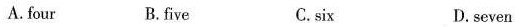
A. four B.five C.six D.seven